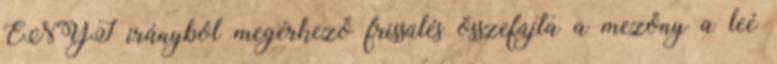
ÉNYI irányból megérkező frissülés összefújta a mezőny a leé